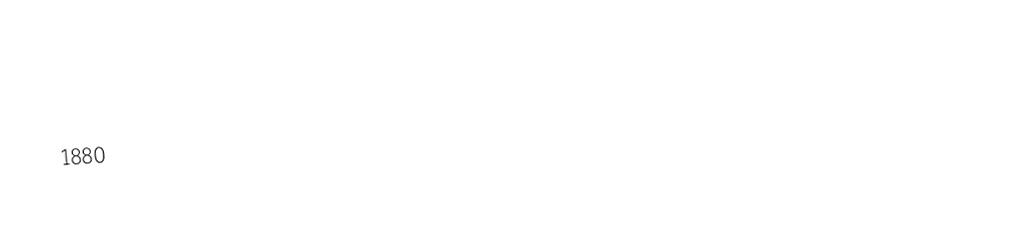

1880